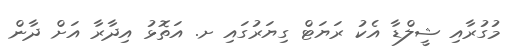
މުގުރާއި ޝީލްޑާ އެކު ރަޔަޓް ގިޔަރުގައި ށ. އަތޮޅު އިދާރާ އަށް ދާން